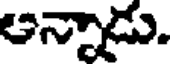
అన్నాడు.